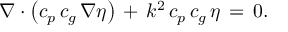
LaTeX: \nabla \cdot \left( c _ { p } \, c _ { g } \, \nabla \eta \right) \, + \, k ^ { 2 } \, c _ { p } \, c _ { g } \, \eta \, = \, 0 .